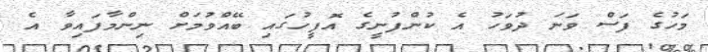
މަހުގެ ފަސް ވަނަ ދުވަހު އެ ކުންފުނީގެ އޮފީހުގައި ބޭއްވުމަށް ނިންމާފައިވާ އެ